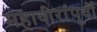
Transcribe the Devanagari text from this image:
महावीरांंपूर्वी